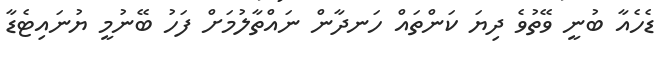
ޑެހެއާ ބުނީ ވޭތުވެ ދިޔަ ކަންތައް ހަނދާން ނައްތާލުމަށް ފަހު ބޭނުމީ ޔުނައިޓެޑާ